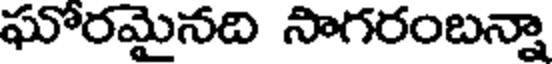
ఘోరమైనది సాగరంబన్నా